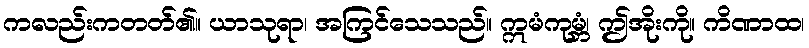
ကလည်းကတတ်၏။ ယာသုရာ၊ အကြင်သေသည်။ ဣမံကုမ္ဘံ၊ ဤအိုးကို။ ကိဏာထ၊